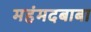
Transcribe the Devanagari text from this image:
महंमदबाबा